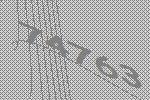
74763